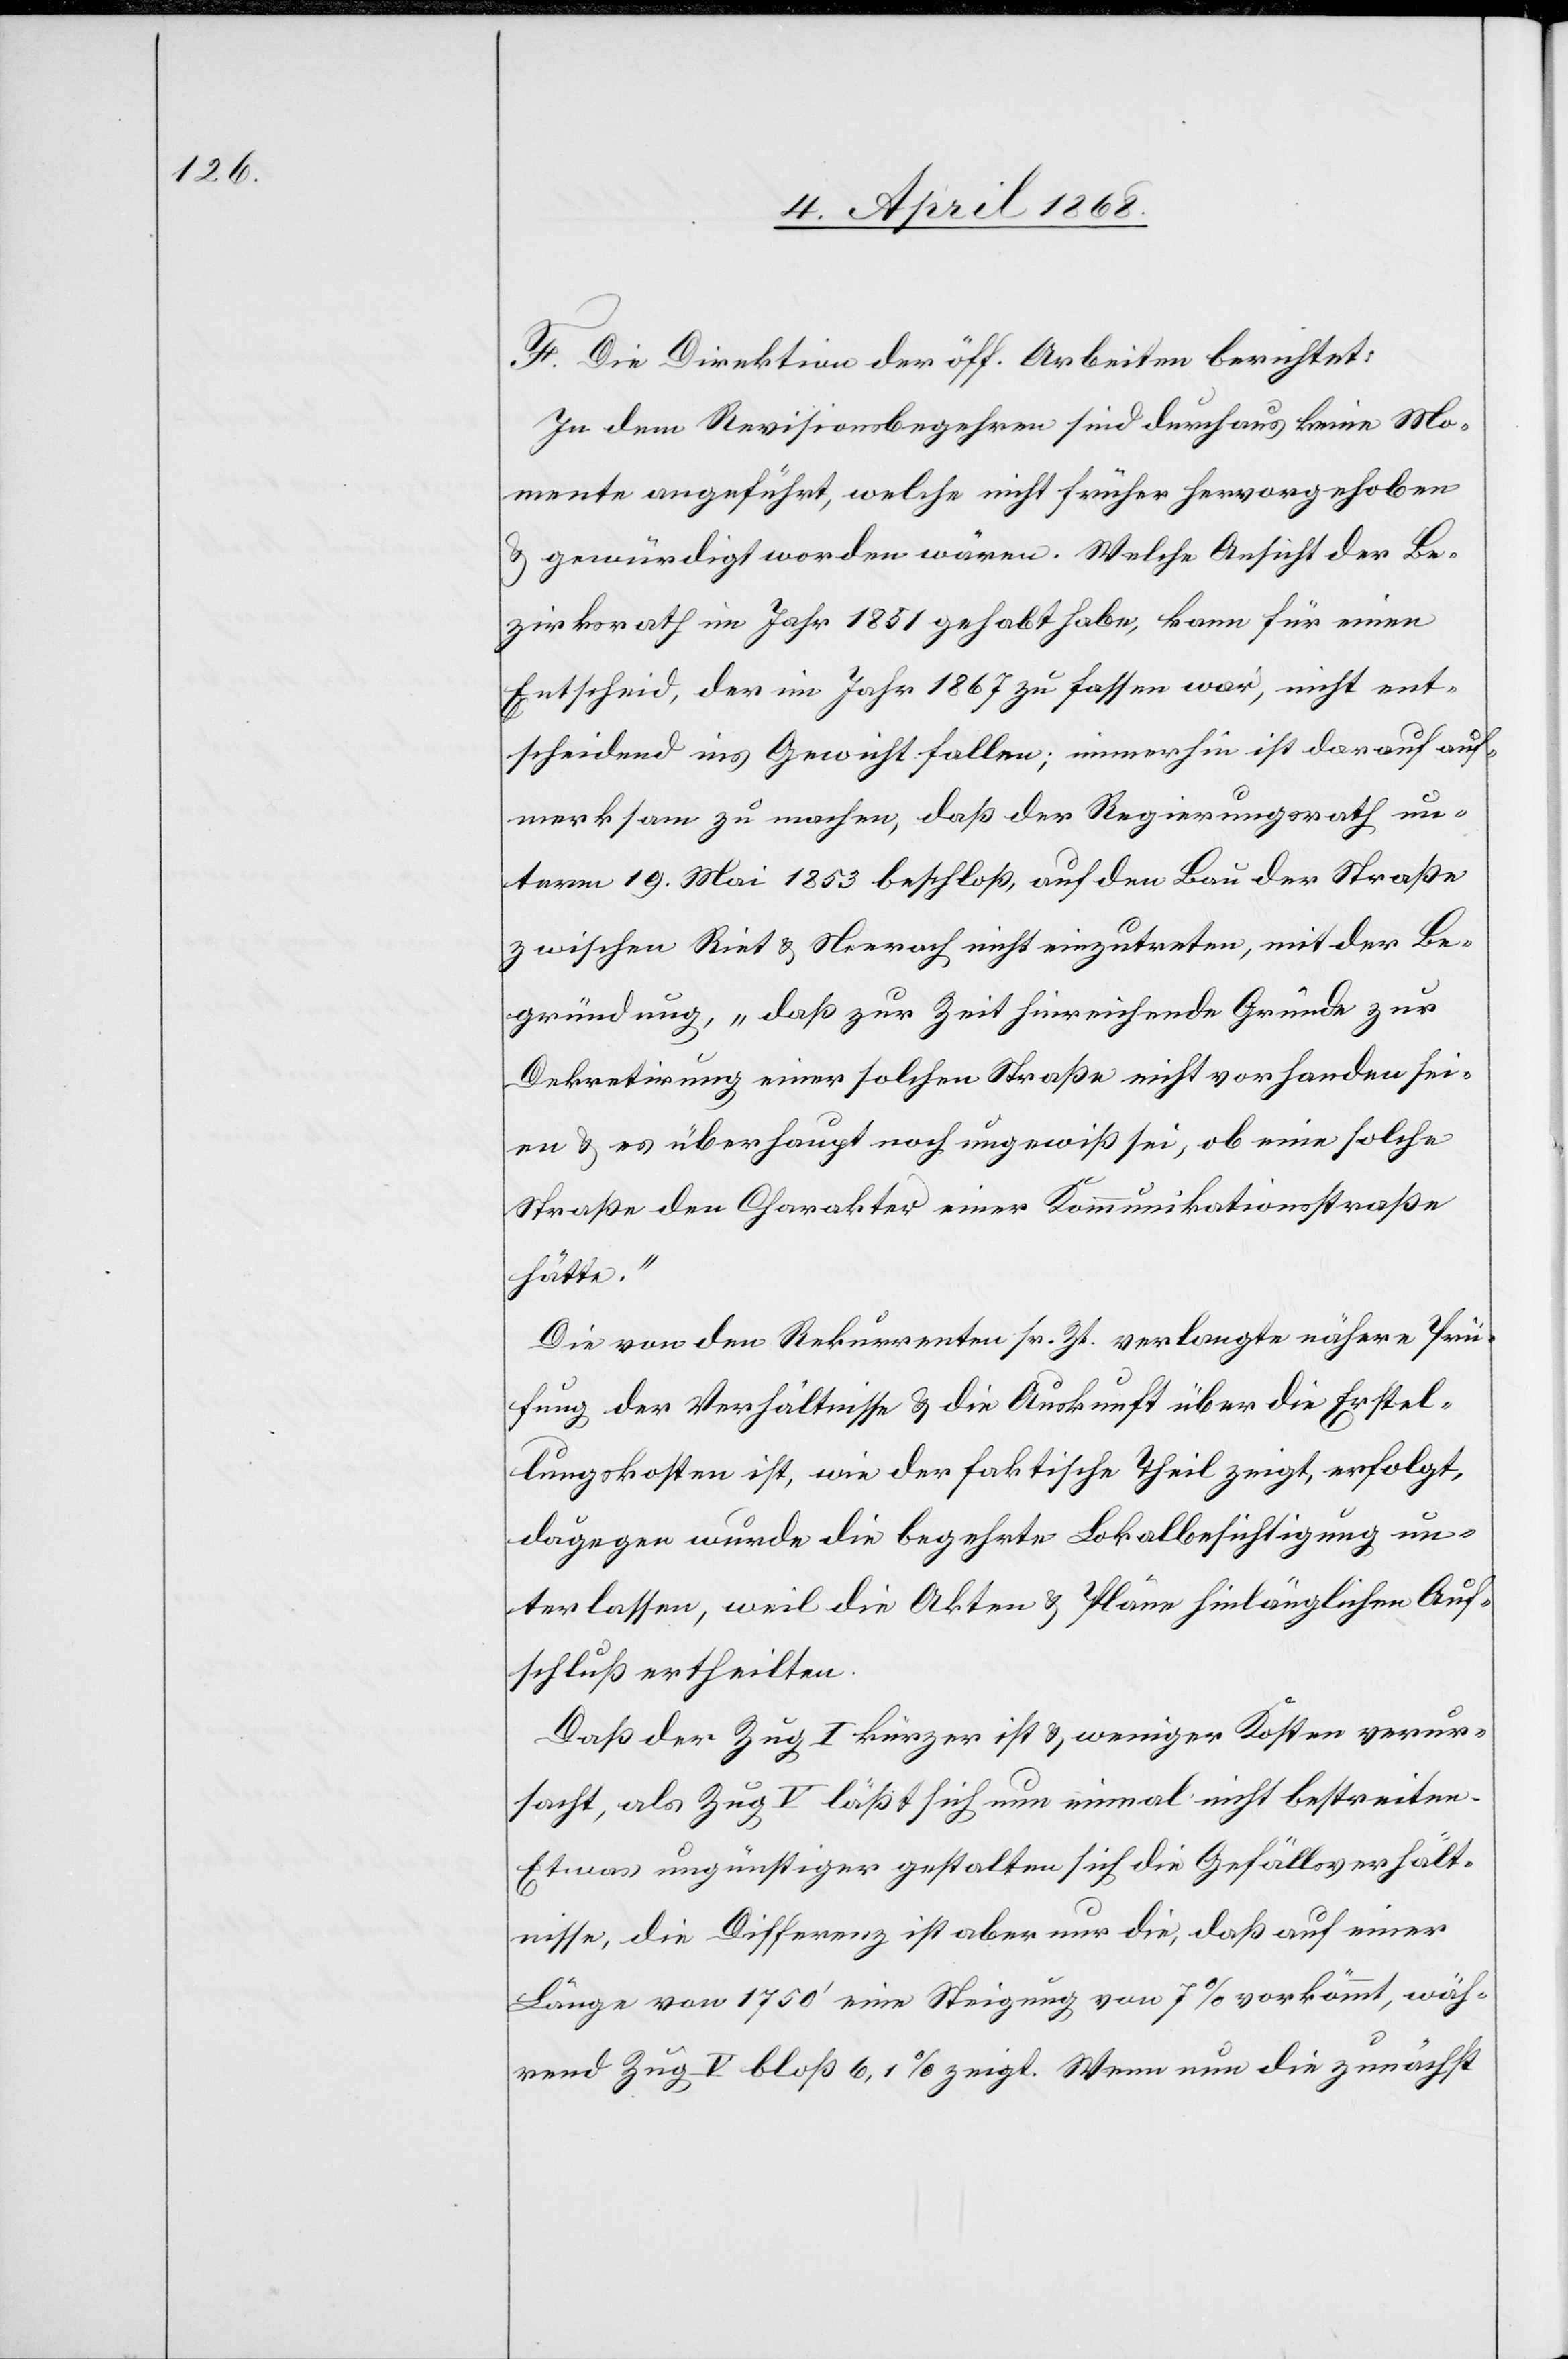
F. Die Direktion der öff. Arbeiten berichtet:
In dem Revisionsbegehren sind durchaus keine Mo¬
mente angeführt, welche nicht früher hervorgehoben
& gewürdigt worden wären. Welche Ansicht der Be¬
zirksrath im Jahr 1851 gehabt habe, kann für einen
Entscheid, der im Jahr 1867 zu fassen war, nicht ent¬
scheidend ins Gewicht fallen; immerhin ist darauf auf¬
merksam zu machen, daß der Regierungsrath un¬
term 19. Mai 1853 beschloß, auf den Bau der Straße
zwischen Riedt & Neerach nicht einzutreten, mit der Be¬
gründung, „daß zur Zeit hinreichende Gründe zur
Dekretirung einer solchen Straße nicht vorhanden sei¬
en & es überhaupt noch ungewiß sei, ob eine solche
Straße den Charakter einer Kommunikationsstraße
hätte.“
Die von den Rekurrenten sr. Zt. verlangte nähere Prü¬
fung der Verhältnisse & die Auskunft über die Erstel¬
lungskosten ist, wie der faktische Theil zeigt, erfolgt,
dagegen wurde die begehrte Lokalbesichtigung un¬
terlassen, weil die Akten & Pläne hinlänglichen Auf¬
schluß ertheilten.
Daß der Zug I kürzer ist & weniger Kosten verur¬
sacht, als Zug V läßt sich nun einmal nicht bestreiten.
Etwas ungünstiger gestalten sich die Gefällsverhält¬
nisse, die Differenz ist aber nur die, daß auf einer
Länge von 1750‘ eine Steigung von 7% vorkömmt, wäh¬
rend Zug V bloß 6,1% zeigt. Wenn nun die zunächst